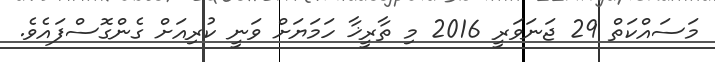
މަސައްކަތް 29 ޖަނަވަރީ 2016 މި ތާރީޚާ ހަމަޔަށް ވަނީ ކުރިއަށް ގެންގޮސްފައެވެ.